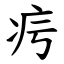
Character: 疞